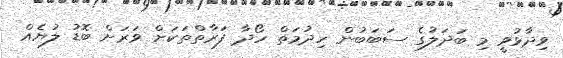
ވިދާޅުވީ މި ބަދަލުގެ ސަބަބުން ހިދުމަތް ހޯދާ ފަރާތްތަކަށް ވަރަށް ބޮޑު ލުޔެއް